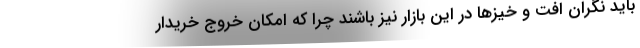
باید نگران افت و خیزها در این بازار نیز باشند چرا که امکان خروج خریدار